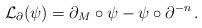
LaTeX: \begin{align*} \mathcal L_\partial(\psi) = \partial_M \circ \psi - \psi \circ \partial^{-n}\,.\end{align*}